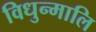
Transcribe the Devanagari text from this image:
विधुन्मालि